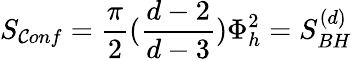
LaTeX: S_{\mathcal{C}onf}={\frac{{\pi}}{{2}}}({\frac{{d-2}}{{d-3}}})\Phi_{h}^{2}=S_{BH}^{(d)}